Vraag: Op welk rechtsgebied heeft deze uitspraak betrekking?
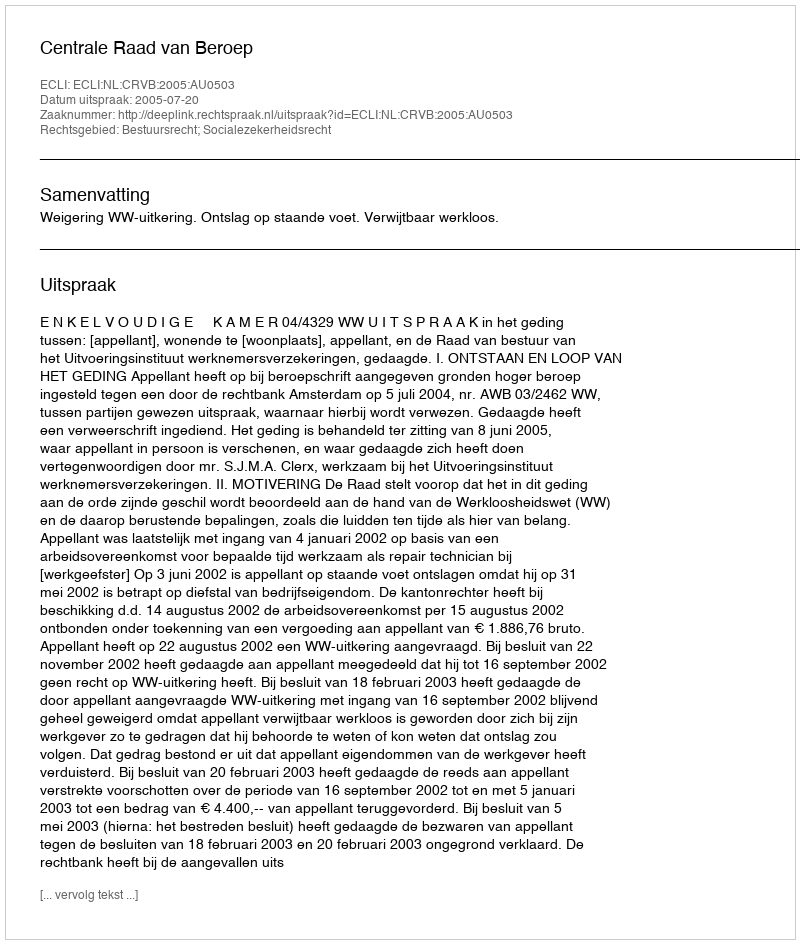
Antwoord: Bestuursrecht; Socialezekerheidsrecht